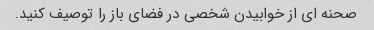
صحنه ای از خوابیدن شخصی در فضای باز را توصیف کنید.